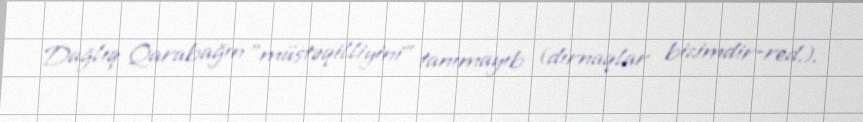
Dağlıq Qarabağın ”müstəqilliyini" tanımayıb (dırnaqlar bizimdir-red.).